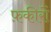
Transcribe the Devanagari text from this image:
फ़कीरों